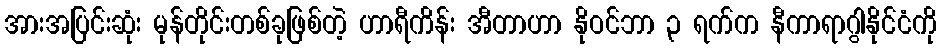
အားအပြင်းဆုံး မုန်တိုင်းတစ်ခုဖြစ်တဲ့ ဟာရီကိန်း အီတာဟာ နိုဝင်ဘာ ၃ ရက်က နီကာရာဂွါနိုင်ငံကို